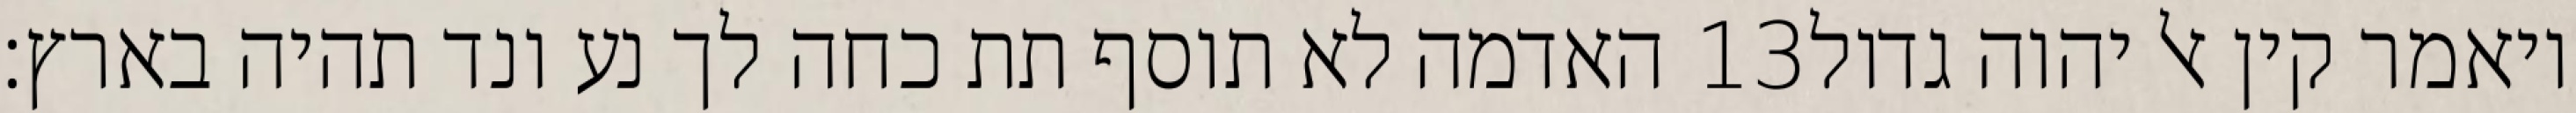
האדמה לא תוסף תת כחה לך נע ונד תהיה בארץ׃ ‎13‏ ויאמר קין אל יהוה גדול